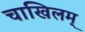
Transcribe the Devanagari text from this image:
चाखिलम्‌